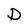
Character: D